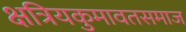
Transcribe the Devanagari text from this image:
क्षत्रियकुमावतसमाज